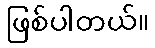
ဖြစ်ပါတယ်။